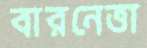
বারনেত্তা